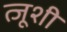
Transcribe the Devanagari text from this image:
त्जूशी